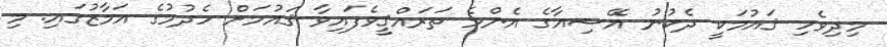
މިދިވެހި ޤައުމަކީ ދެކުނު އޭޝިއާގެ އެންމެ ތަރައްޤީވެފައިވާ ޤައުމަށް ހެދުމުގެ އަމާޒުގައި. މި